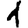
Digit: 1